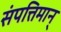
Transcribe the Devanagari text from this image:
संपत्तिमान्‌